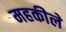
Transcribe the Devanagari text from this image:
महकीले